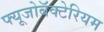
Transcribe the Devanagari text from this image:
फ्यूजोबॅक्टेरियम